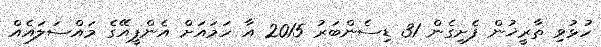
ހުޅުވި ތާރީޚުން ފެށިގެން 31 ޑިސެންބަރު 2015 އާ ހަމައަށް އެންޕީއޭގެ މައްސަލައެއް